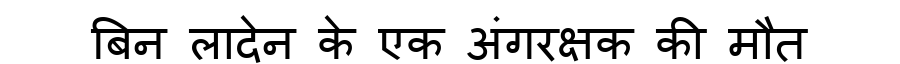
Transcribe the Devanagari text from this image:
बिन लादेन के एक अंगरक्षक की मौत